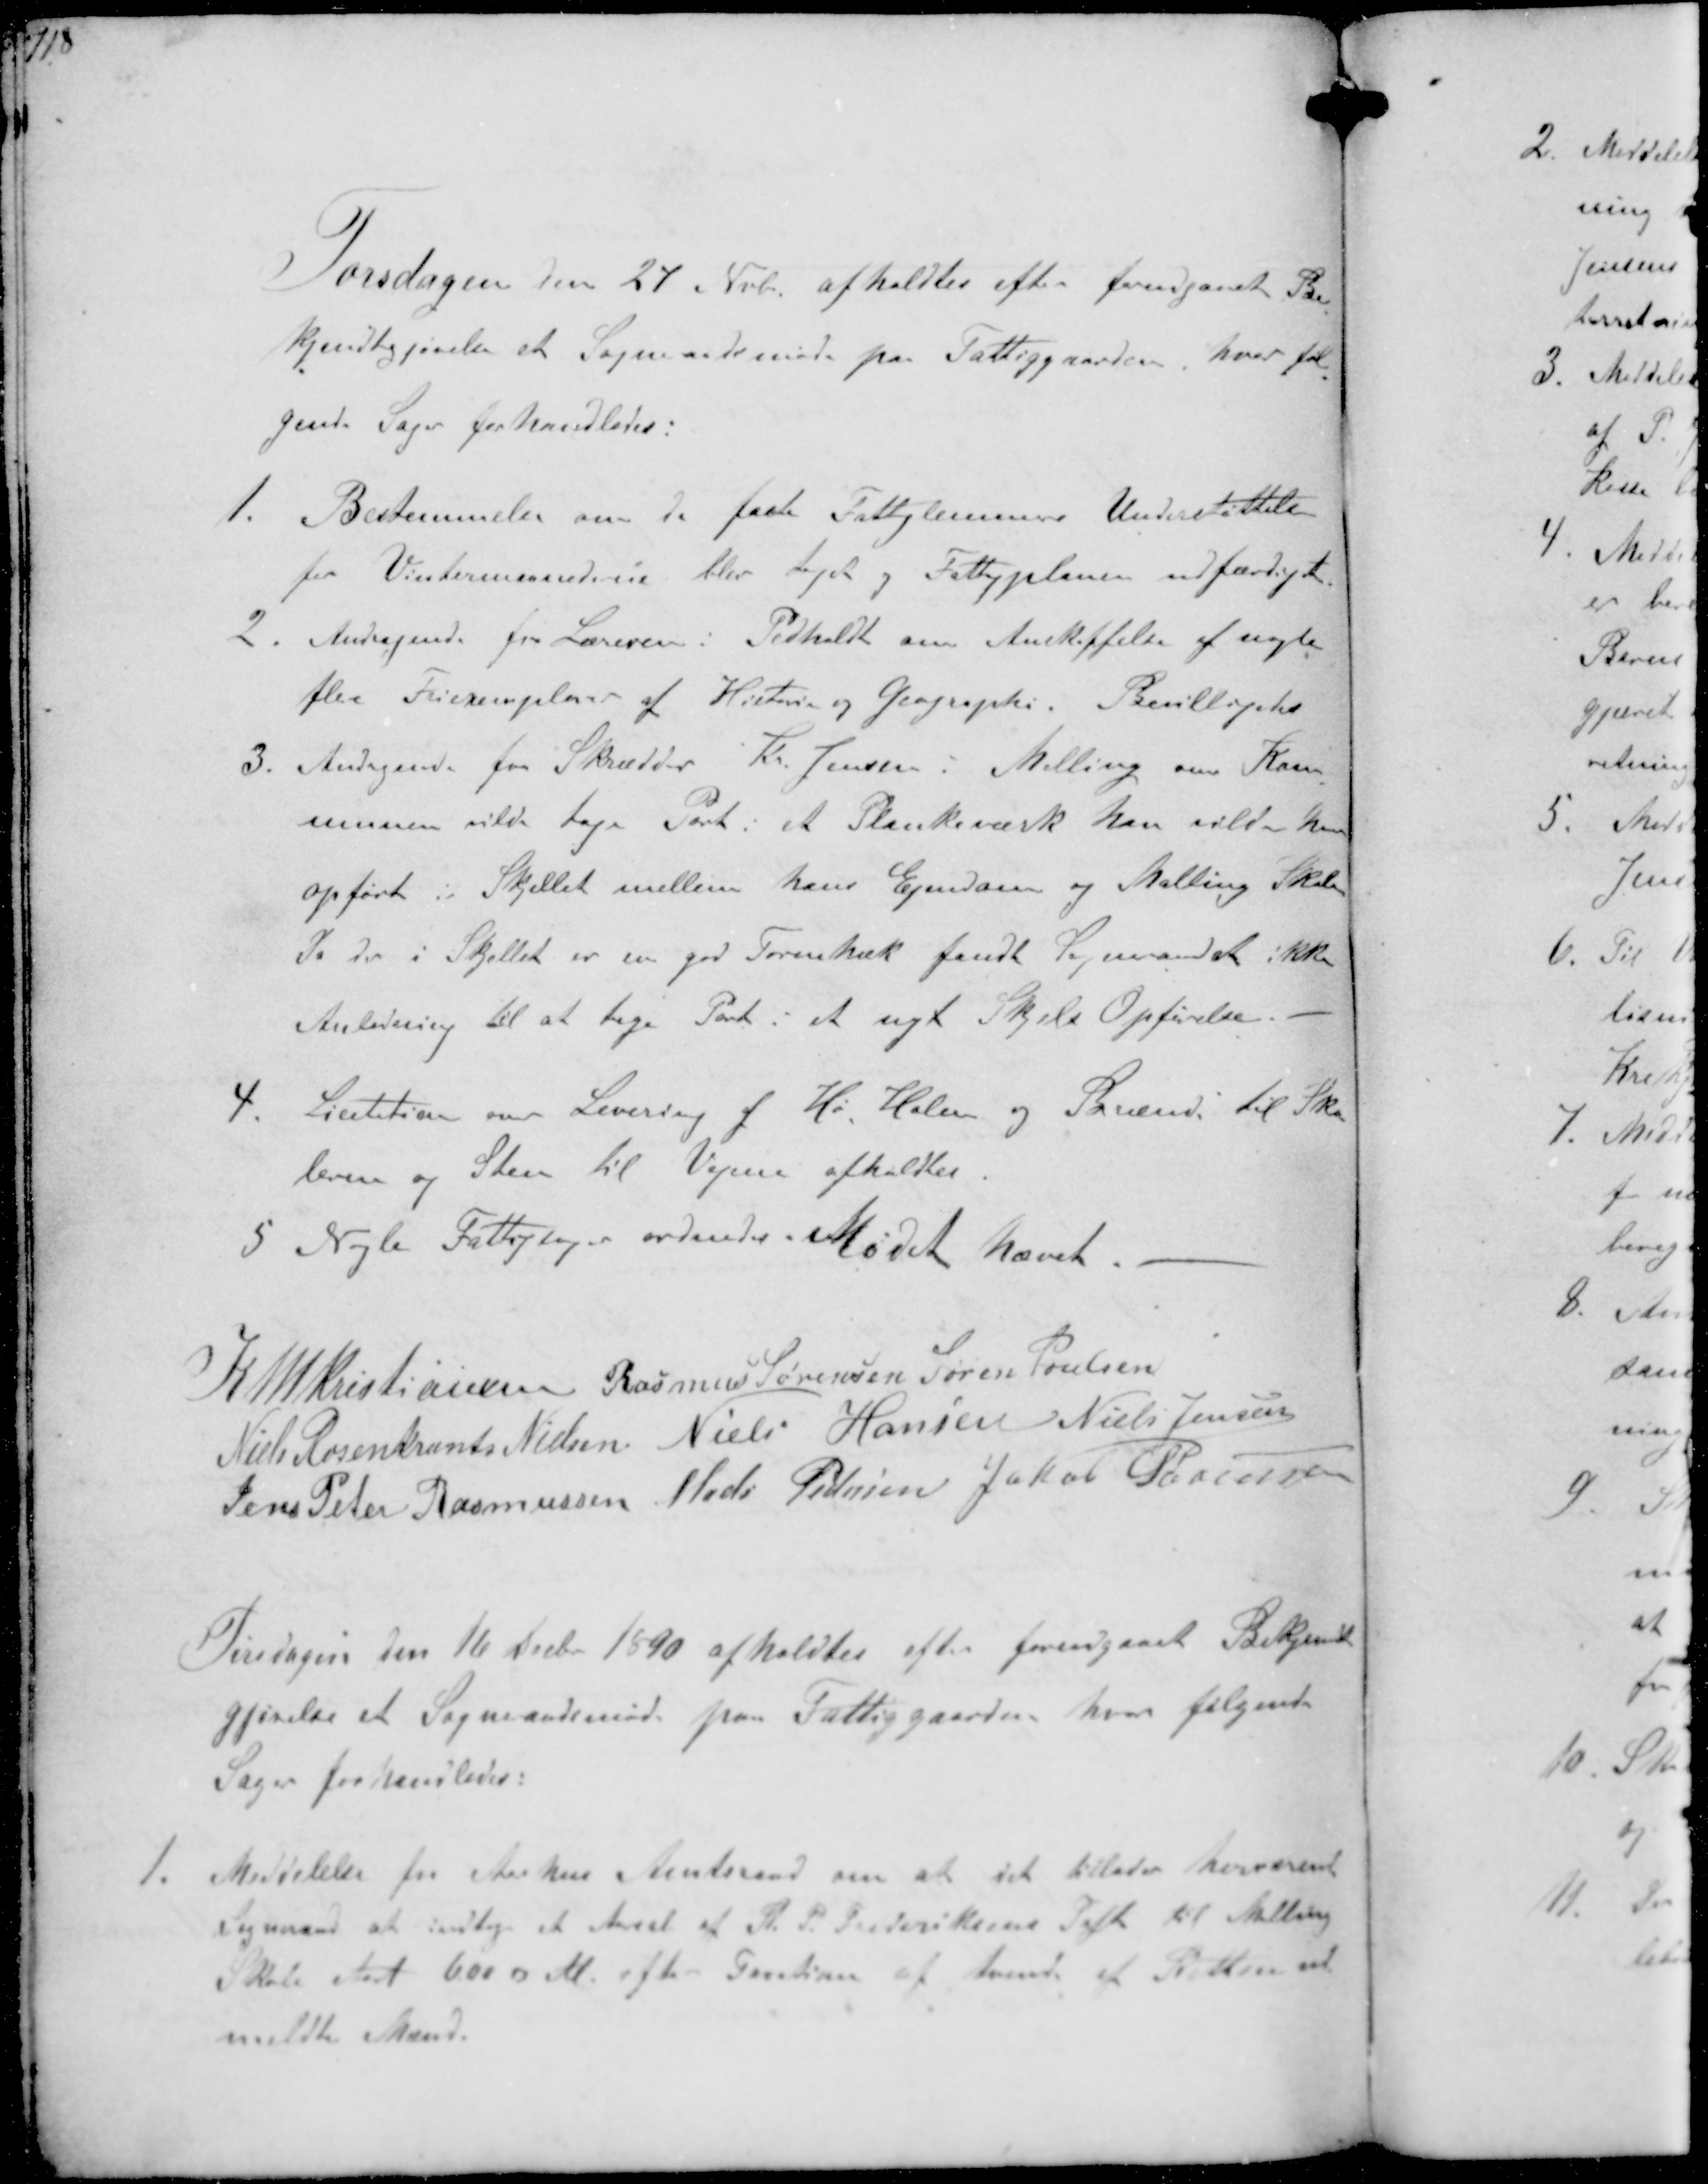
Transskription:
Torsdagen den 27 Nvb afholdtes efter forudgaaet  Be-
kjendtgjørelse et Sogneaadsmøde paa Fattiggaarden hvor føl-
gende Sager forhandledes:
1. Bestemmelse om de faste Fattiglemmers Understøttelse
for Vintermaanederne blev taget. Fattigplanen udfærdiget
2. Andagende fra Læreren i Pedholdt om Anskaffelse af nogle
flere Friexemplarer af Historie- og Geographi. Bevilligedes
3. Andragende fra Skrædder Kr. Jensen i Malling om Kom-
munen vilde tage Part i et Plankeværk han vilde have
opført i Skjellet mellem hans Ejendom og Malling Skole
Da der i Skjellet er en god Tornehæk fandt Sogneraadet ikke
Anledning til at tage Part i et nyt Skjels Opførelse
4. Licitation over Levering af Hø. Halm og Strøsand til Sko-
lerne og Sten til Vejene afholdtes.
5. Nogle Fattigsager ordndes Mødet hævet.

K N M Kristiansen Rasmus Sørensen Søren Poulsen
Niels Rosenkrands Nielsen Niels Hansen Niels Jensen
Jens Peter Rasmussen Mads Pedersen Jakob Sørensen

Tirsdagen den 16 Decbr 1890 afholdtes efter forengaaet Bekjendt-
gjørelse er Sogneaadsmøde paa Fattiggaarden hvor følgende
Sager forhandledes:
1. Meddelelse fra Aarhus Amtsraad om at det tillader henværende
Sogneraad at indtage et Areal af K. P. Frederiksens Toft til Malling
Skole stort 600 ؝ M. efter Taxation af tvende af Retten ud-
meldte Mænd